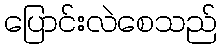
ပြောင်းလဲစေသည်